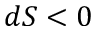
d S < 0